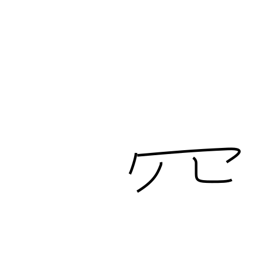
Meaning: net-like